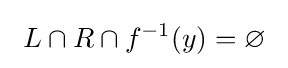
~L\cap R\cap f^{-1}(y)=\varnothing ~